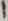
Text: 1